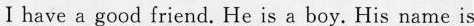
I have a good friend. He is a boy. His name is